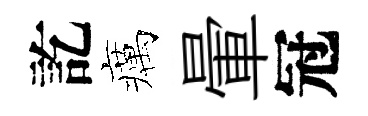
訖癘暈冠